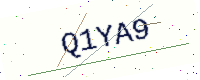
Text: Q1YA9